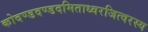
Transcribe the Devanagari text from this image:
कोदण्डदण्डदमिताध्वरजित्वरस्य